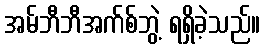
အမ်ဘီဘီအက်စ်ဘွဲ့ ရရှိခဲ့သည်။